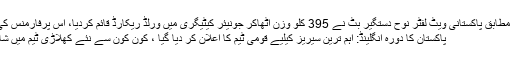
تفصیلات کے مطابق پاکستانی ویٹ لفٹر نوح دستگیر بٹ نے 395 کلو وزن اٹھاکر جونیئر کیٹیگری میں ورلڈ ریکارڈ قائم کردیا، اس پرفارمنس کی بدولت انھوں
پاکستان کا دورہ انگلینڈ: اہم ترین سیریز کیلیے قومی ٹیم کا اعلان کر دیا گیا ، کون کون سے نئے کھلاڑی ٹیم میں شامل ہو ں گے؟